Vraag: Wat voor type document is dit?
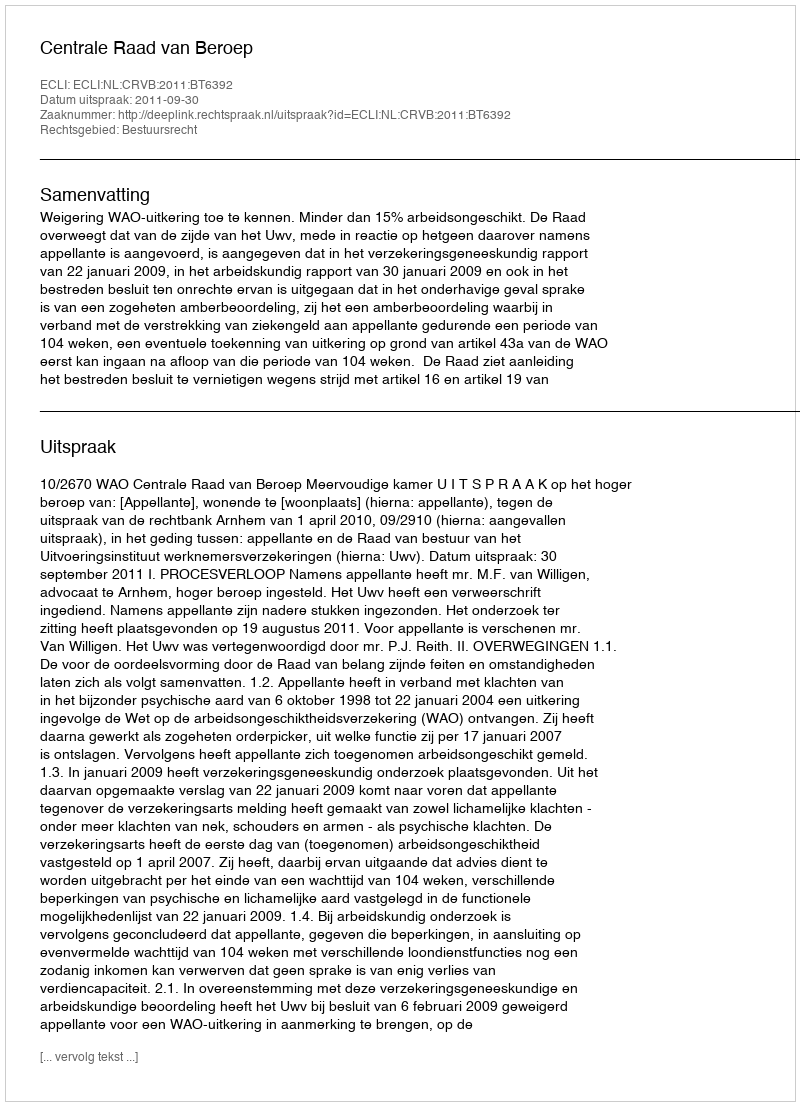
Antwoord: Uitspraak